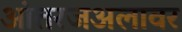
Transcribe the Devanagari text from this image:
आंतरजअलावर